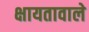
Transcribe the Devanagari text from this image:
क्षायतावाले